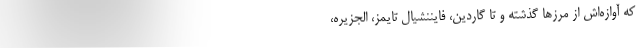
که آوازه‌اش از مرزها گذشته و تا گاردین، فایننشیال تایمز، الجزیره،